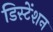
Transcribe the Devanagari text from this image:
डिस्टेंशन